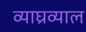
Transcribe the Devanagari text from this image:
व्याघ्रव्याल